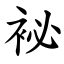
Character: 袐